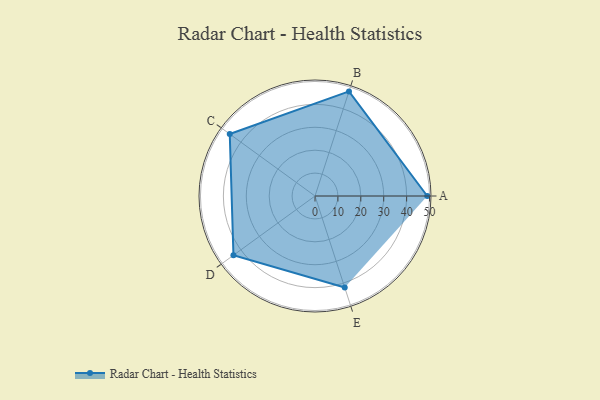
{"axis": {"x": "Skill", "y": "Score"}, "legend": ["Profile"], "data": [{"x": "A", "y": 49.0, "type": "Profile"}, {"x": "B", "y": 48.0, "type": "Profile"}, {"x": "C", "y": 46.0, "type": "Profile"}, {"x": "D", "y": 44.0, "type": "Profile"}, {"x": "E", "y": 42.0, "type": "Profile"}]}